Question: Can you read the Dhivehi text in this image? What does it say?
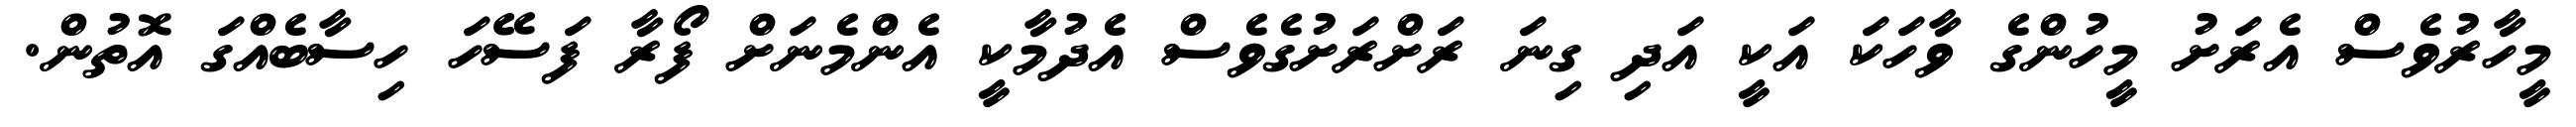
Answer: މީހާރުވެސް އެރަށު މީހުންގެ ވާހަކަ އަކީ އަދި ގިނަ ރަށްރަށުގެވެސް އެދުމާކީ އެންމެނަށް ފޯރާ ފަސޭހަ ހިސާބެއްގަ އޮތުން.